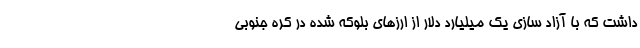
داشت که با آزاد سازی یک میلیارد دلار از ارز‌های بلوکه شده در کره جنوبی